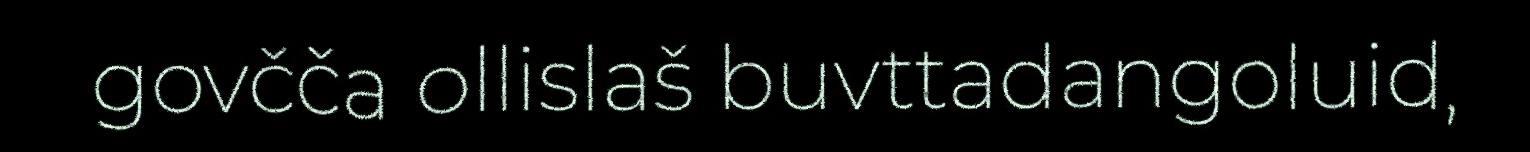
govčča ollislaš buvttadangoluid,